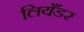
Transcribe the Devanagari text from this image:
लियँडर